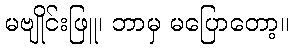
မဗျိုင်းဖြူ၊ ဘာမှ မပြောတော့။